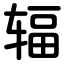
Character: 辐